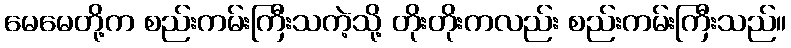
မေမေတို့က စည်းကမ်းကြီးသကဲ့သို့ တိုးတိုးကလည်း စည်းကမ်းကြီးသည်။